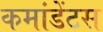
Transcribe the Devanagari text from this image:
कमांडेंटस